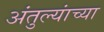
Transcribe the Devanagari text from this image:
अंतुल्यांच्या